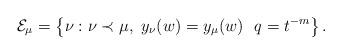
LaTeX: \begin{align*}\mathcal{E}_{\mu}=\left\{\nu : \nu \prec \mu,\ y_{\nu}(w) = y_{\mu}(w)\ \ q=t^{-m} \right\}.\end{align*}